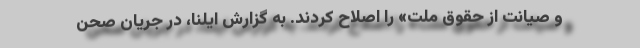
و صیانت از حقوق ملت» را اصلاح کردند. به گزارش ایلنا، در جریان صحن